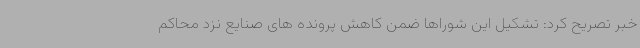
خبر تصریح کرد: تشکیل این شوراها ضمن کاهش پرونده های صنایع نزد محاکم